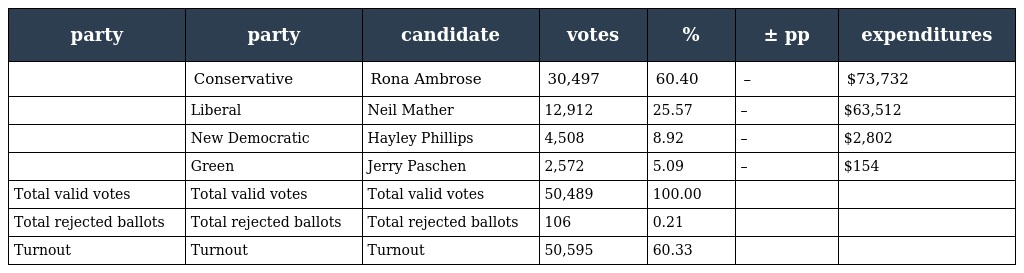
| party | party | candidate | votes | % | ± pp | expenditures |
 | --- | --- | --- | --- | --- | --- | --- |
 |  | Conservative | Rona Ambrose | 30,497 | 60.40 | – | $73,732 |
 |  | Liberal | Neil Mather | 12,912 | 25.57 | – | $63,512 |
 |  | New Democratic | Hayley Phillips | 4,508 | 8.92 | – | $2,802 |
 |  | Green | Jerry Paschen | 2,572 | 5.09 | – | $154 |
 | Total valid votes | Total valid votes | Total valid votes | 50,489 | 100.00 |  |  |
 | Total rejected ballots | Total rejected ballots | Total rejected ballots | 106 | 0.21 |  |  |
 | Turnout | Turnout | Turnout | 50,595 | 60.33 |  |  |